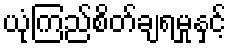
ယုံကြည်စိတ်ချရမှုနှင့်